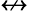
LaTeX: \nleftrightarrow